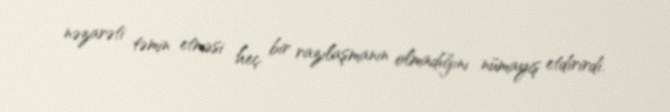
nəzarəti təmin etməsi heç bir razılaşmanın olmadığını nümayiş etdirirdi.